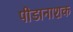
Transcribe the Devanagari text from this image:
पीडानाशक